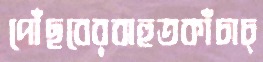
পৌঁছবেরবাহুতকাঁচাচ্